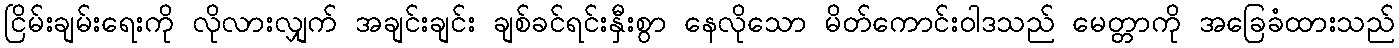
ငြိမ်းချမ်းရေးကို လိုလားလျှက် အချင်းချင်း ချစ်ခင်ရင်းနှီးစွာ နေလိုသော မိတ်ကောင်းဝါဒသည် မေတ္တာကို အခြေခံထားသည်